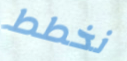
نخطط